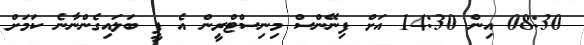
08:30 އިން 14:30 އަށް ފިނޭންސް މިނިސްޓްރީން އެ ފީ ބަލައިގެންނާނެ ކަަމަށް